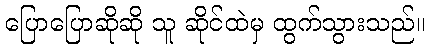
ပြောပြောဆိုဆို သူ ဆိုင်ထဲမှ ထွက်သွားသည်။